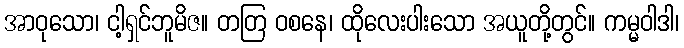
အာဝုသော၊ ငါ့ရှင်ဘူမိဇ။ တတြ ဝစနေ၊ ထိုလေးပါးသော အယူတို့တွင်။ ကမ္မဝါဒါ၊